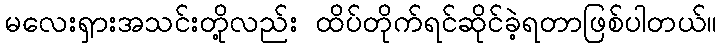
မလေးရှားအသင်းတို့လည်း ထိပ်တိုက်ရင်ဆိုင်ခဲ့ရတာဖြစ်ပါတယ်။